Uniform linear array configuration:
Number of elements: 32
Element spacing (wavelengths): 0.75
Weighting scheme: hann
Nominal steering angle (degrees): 45
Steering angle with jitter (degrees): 46.309
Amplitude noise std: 0.05
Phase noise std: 0.05

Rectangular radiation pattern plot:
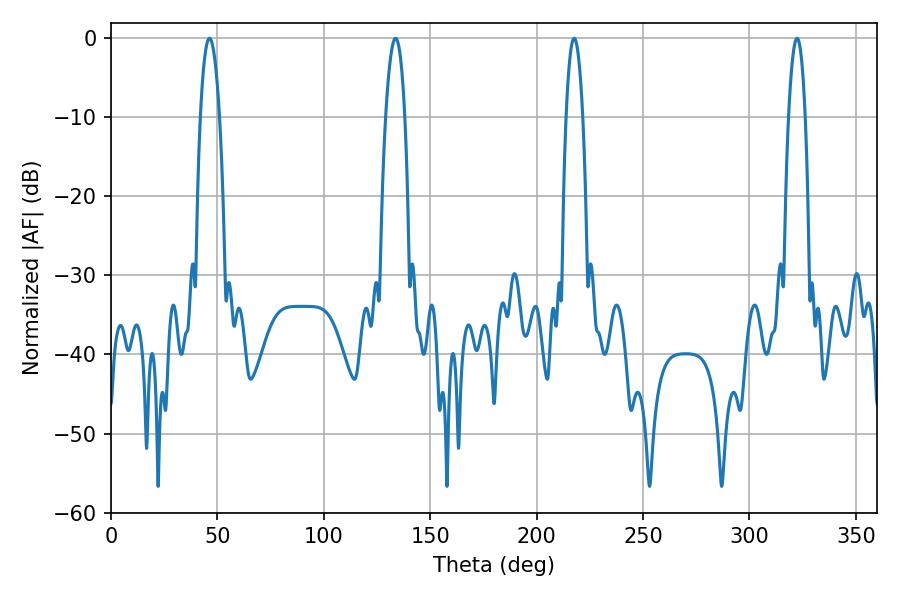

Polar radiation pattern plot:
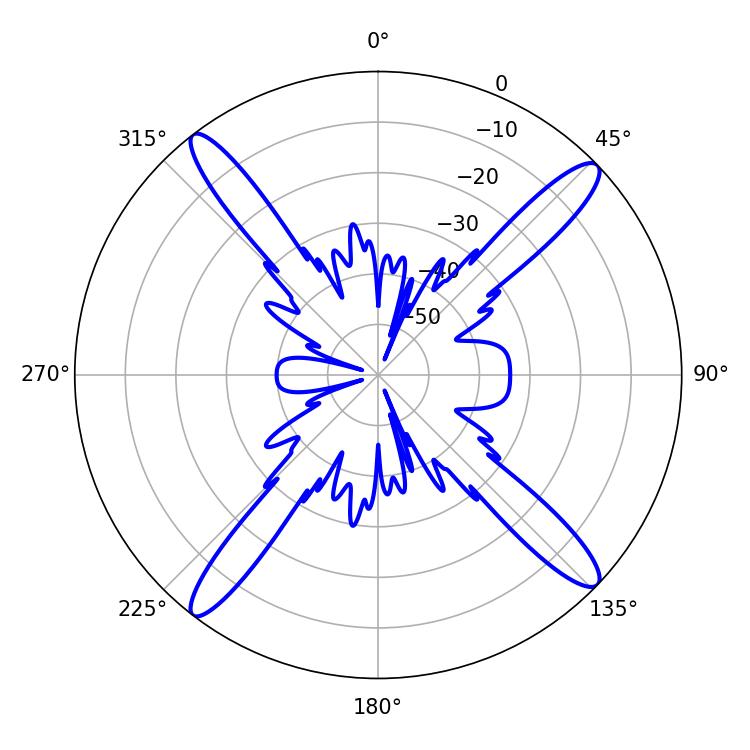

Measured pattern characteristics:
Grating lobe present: TRUE
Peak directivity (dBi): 17.45
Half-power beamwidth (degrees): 4.32
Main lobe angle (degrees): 322.38